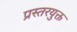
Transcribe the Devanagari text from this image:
प्रस्तरयुक्त